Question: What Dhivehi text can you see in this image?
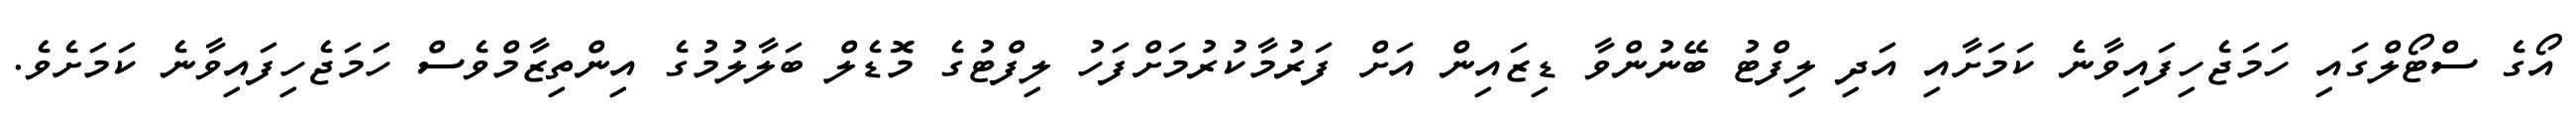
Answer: އޯގެ ސްޓޯލްގައި ހަމަޖެހިފައިވާނެ ކަމަށާއި އަދި ލިފްޓު ބޭނުންވާ ޑިޒައިން އަށް ފަރުމާކުރުމަށްފަހު ލިފްޓުގެ މޮޑެލް ބަލާލުމުގެ އިންތިޒާމްވެސް ހަމަޖެހިފައިވާނެ ކަމަށެވެ.